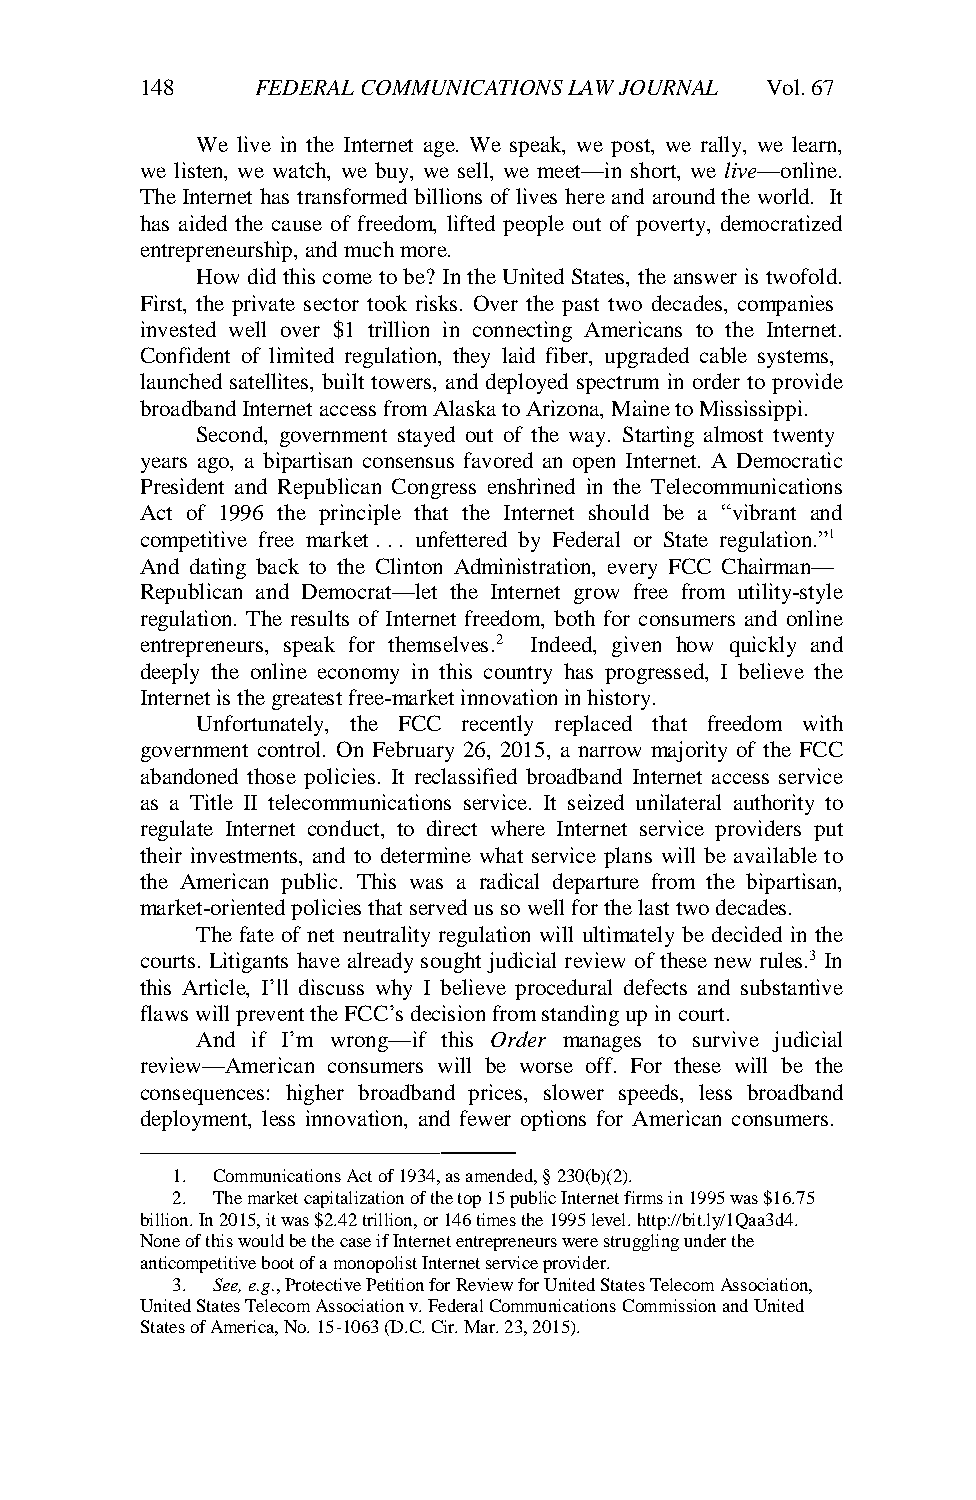
148     FEDERAL COMMUNICATIONS LAW JOURNAL Vol. 67
 We live in the Internet age. We speak, we post, we rally, we learn,
 we listen, we watch, we buy, we sell, we meet—in short, we live—online.
 The Internet has transformed billions of lives here and around the world. It
 has aided the cause of freedom, lifted people out of poverty, democratized
 entrepreneurship, and much more.
 How did this come to be? In the United States, the answer is twofold.
 First, the private sector took risks. Over the past two decades, companies
 invested well over $1 trillion in connecting Americans to the Internet.
 Confident of limited regulation, they laid fiber, upgraded cable systems,
 launched satellites, built towers, and deployed spectrum in order to provide
 broadband Internet access from Alaska to Arizona, Maine to Mississippi.
 Second, government stayed out of the way. Starting almost twenty
 years ago, a bipartisan consensus favored an open Internet. A Democratic
 President and Republican Congress enshrined in the Telecommunications
 Act of 1996 the principle that the Internet should be a “vibrant and
 competitive free market . . . unfettered by Federal or State regulation.”1
 And dating back to the Clinton Administration, every FCC Chairman—
 Republican and Democrat—let the Internet grow free from utility-style
 regulation. The results of Internet freedom, both for consumers and online
 entrepreneurs, speak for themselves.2 Indeed, given how quickly and
 deeply the online economy in this country has progressed, I believe the
 Internet is the greatest free-market innovation in history.
 Unfortunately, the FCC recently replaced that freedom with
 government control. On February 26, 2015, a narrow majority of the FCC
 abandoned those policies. It reclassified broadband Internet access service
 as a Title II telecommunications service. It seized unilateral authority to
 regulate Internet conduct, to direct where Internet service providers put
 their investments, and to determine what service plans will be available to
 the American public. This was a radical departure from the bipartisan,
 market-oriented policies that served us so well for the last two decades.
 The fate of net neutrality regulation will ultimately be decided in the
 courts. Litigants have already sought judicial review of these new rules.3 In
 this Article, I’ll discuss why I believe procedural defects and substantive
 flaws will prevent the FCC’s decision from standing up in court.
 And if I’m wrong—if this Order manages to survive judicial
 review—American consumers will be worse off. For these will be the
 consequences: higher broadband prices, slower speeds, less broadband
 deployment, less innovation, and fewer options for American consumers.
 ———
 1. Communications Act of 1934, as amended, § 230(b)(2).
 2. The market capitalization of the top 15 public Internet firms in 1995 was $16.75
 billion. In 2015, it was $2.42 trillion, or 146 times the 1995 level. http://bit.ly/1Qaa3d4.
 None of this would be the case if Internet entrepreneurs were struggling under the
 anticompetitive boot of a monopolist Internet service provider.
 3. See, e.g., Protective Petition for Review for United States Telecom Association,
 United States Telecom Association v. Federal Communications Commission and United
 States of America, No. 15-1063 (D.C. Cir. Mar. 23, 2015).